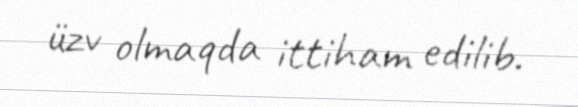
üzv olmaqda ittiham edilib.